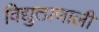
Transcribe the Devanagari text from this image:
विद्युत्प्रणाली